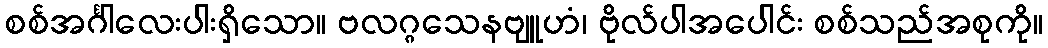
စစ်အင်္ဂါလေးပါးရှိသော။ ဗလဂ္ဂသေနဗျူဟံ၊ ဗိုလ်ပါအပေါင်း စစ်သည်အစုကို။